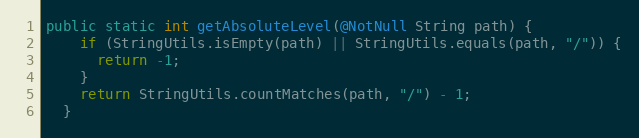
Language: Java
public static int getAbsoluteLevel(@NotNull String path) {
    if (StringUtils.isEmpty(path) || StringUtils.equals(path, "/")) {
      return -1;
    }
    return StringUtils.countMatches(path, "/") - 1;
  }